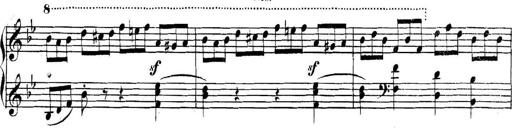
Title: Collected Piano Sonatas
Composer: Muzio Clementi